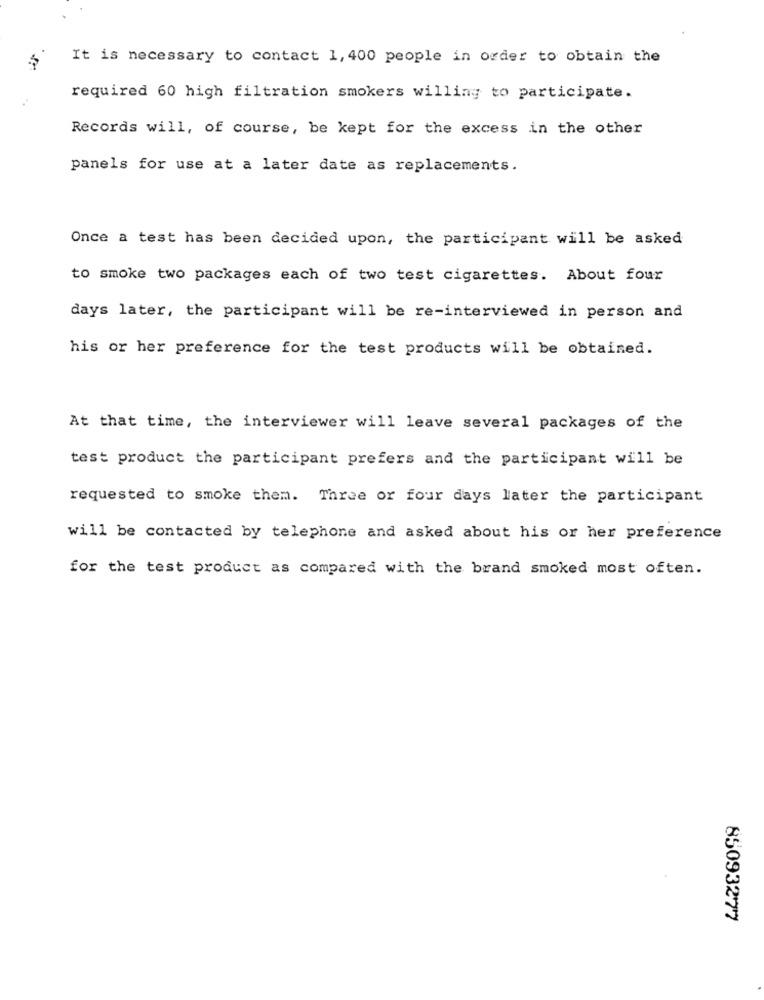
It is necessary to contact 1, 400 people in order to obtain the
required 60 high filtration smokers willing to participate.
Records will, of course, be kept for the excess in the other
panels for use at a later date as replacements.
Once a test has been decided upon, the participant will be asked
to smoke two packages each of two test cigarettes. About four
days later, the participant will be re-interviewed in person and
his or her preference for the test products will be obtained.
At that time, the interviewer will leave several packages of the
test product the participant prefers and the participant will be
requested to smoke them. Three or four days later the participant
will be contacted by telephone and asked about his or her preference
for the test product as compared with the brand smoked most often.
85093277